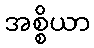
အစ္စိယာ